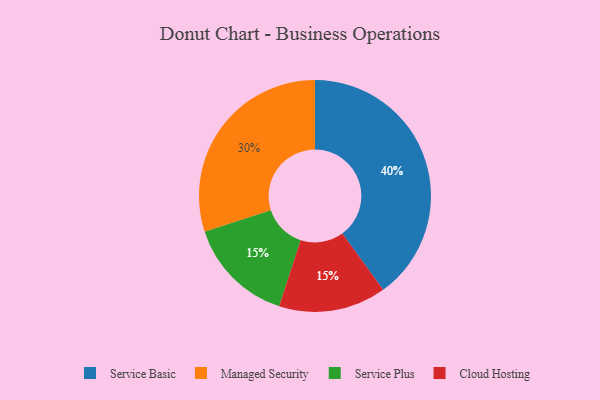
{"axis": {"x": "Category", "y": "Percentage"}, "legend": ["Cloud Hosting", "Managed Security", "Service Basic", "Service Plus"], "data": [{"x": "Service Basic", "y": 40, "type": "Service Basic"}, {"x": "Service Plus", "y": 15, "type": "Service Plus"}, {"x": "Cloud Hosting", "y": 15, "type": "Cloud Hosting"}, {"x": "Managed Security", "y": 30, "type": "Managed Security"}]}